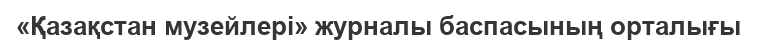
«Қазақстан музейлері» журналы баспасының орталығы